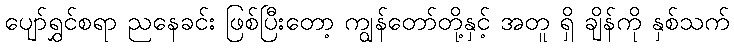
ပျော်ရွှင်စရာ ညနေခင်း ဖြစ်ပြီးတော့ ကျွန်တော်တို့နှင့် အတူ ရှိ ချိန်ကို နှစ်သက်